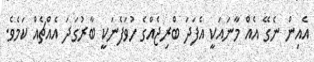
އެއިން ނެގޭ އެއް މާނައަކީ އެފަދަ ބްރިޖެއްގެ ހުވަފެނަކީ ބާރުގަދަ އެއްޗެއް ކަމެވެ.